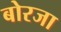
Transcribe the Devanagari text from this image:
बोरजा